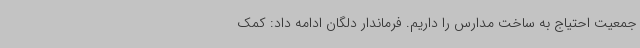
جمعیت احتیاج به ساخت مدارس را داریم. فرماندار دلگان ادامه داد: کمک